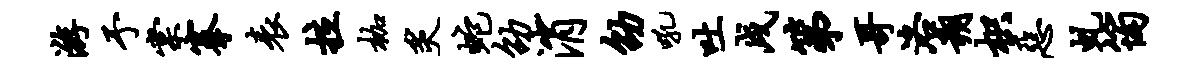
游予棠搴表拉枷炙蛇劭消劭吼吐戌第哥洛朔枳恶虬筠